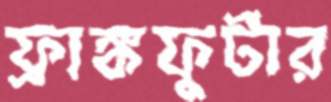
ফ্রাঙ্কফুর্টার